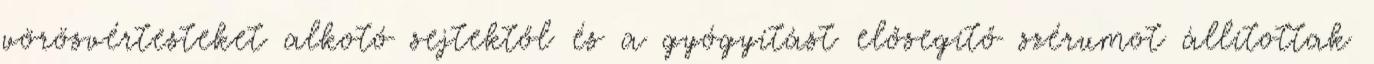
vörösvértesteket alkotó sejtektől és a gyógyítást elősegítő szérumot állítottak